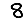
Digit: 8